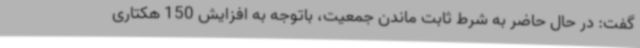
گفت: در حال حاضر به شرط ثابت ماندن جمعیت، باتوجه به افزایش 150 هکتاری